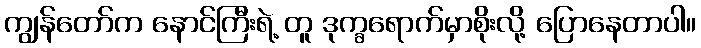
ကျွန်တော်က နောင်ကြီးရဲ့ တူ ဒုက္ခရောက်မှာစိုးလို့ ပြောနေတာပါ။